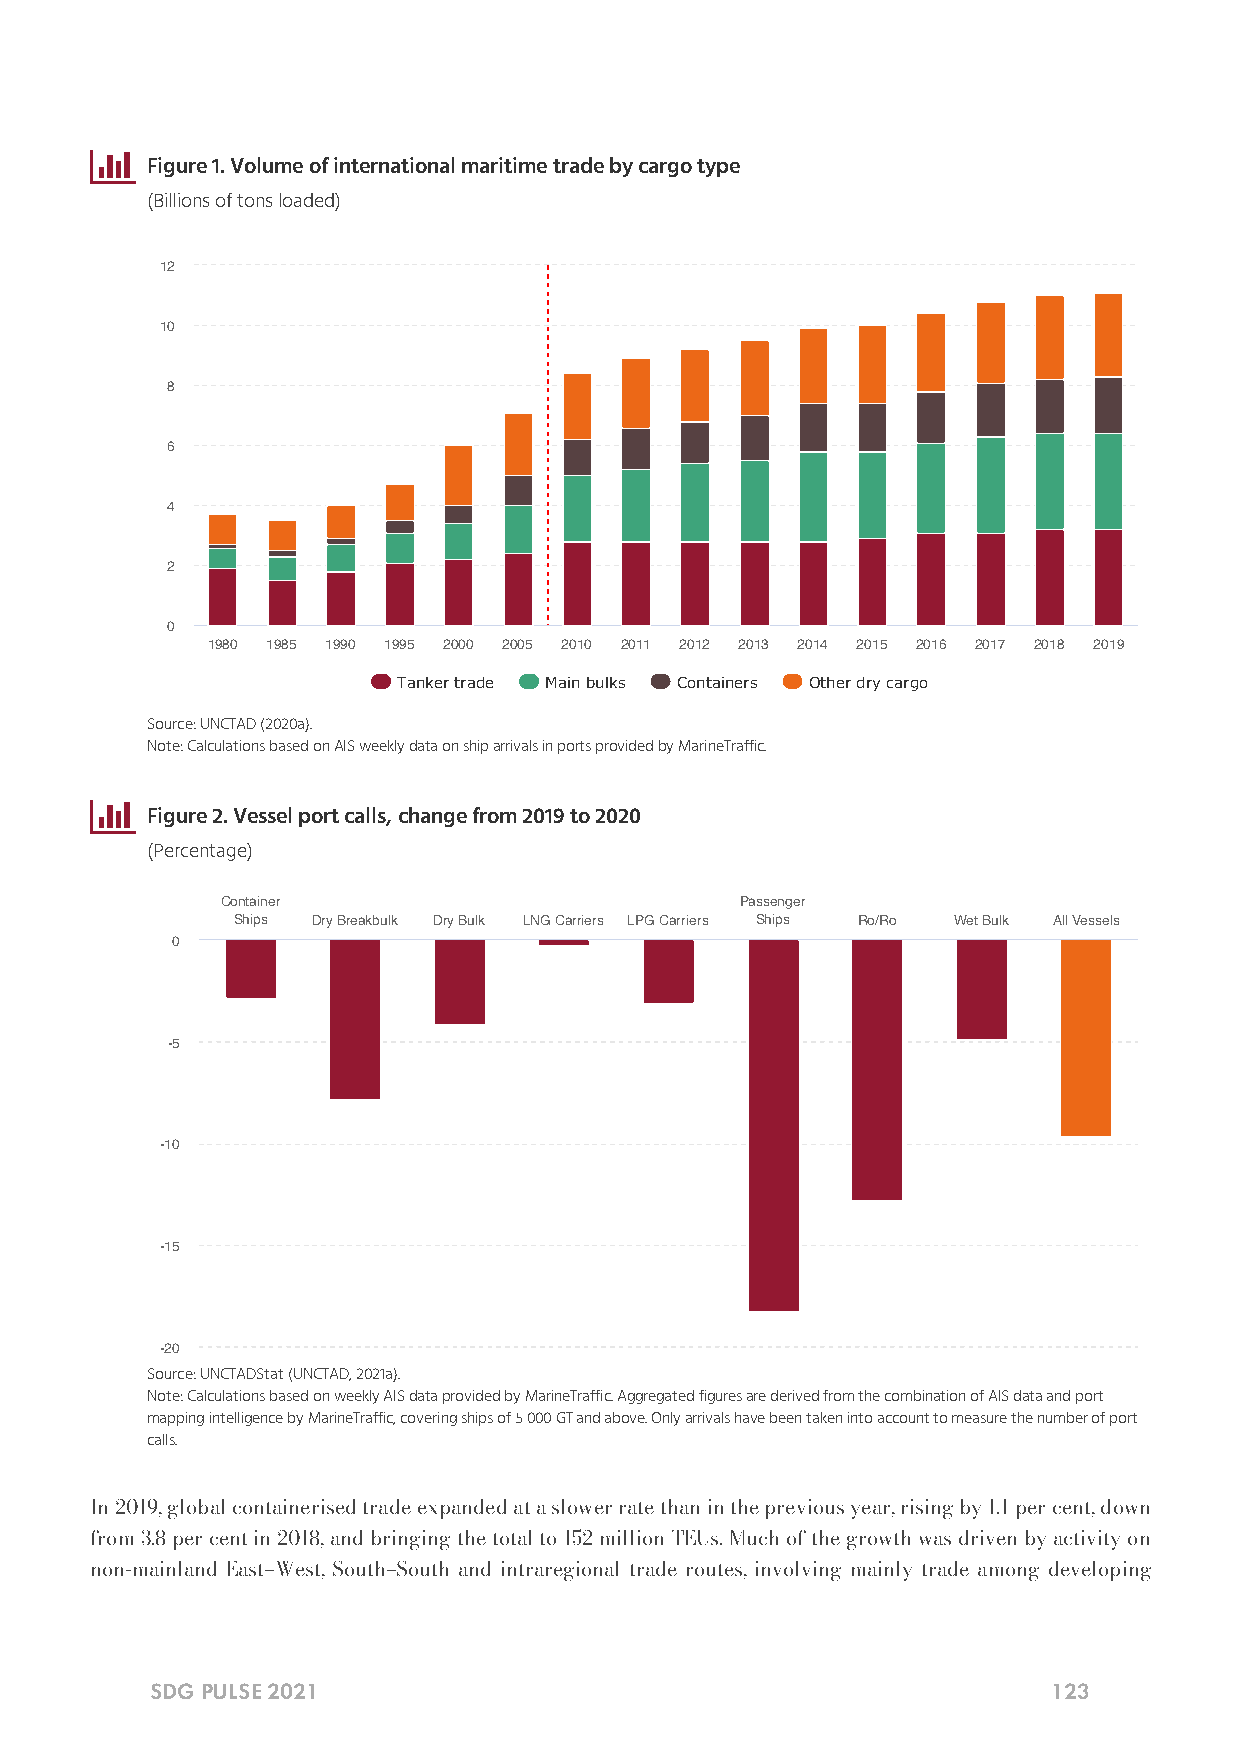

 Figure 1. Volume of international maritime trade by cargo type
 (Billions of tons loaded)
 12
 10
 8
 6
 4
 2
 0
 1980 1985 1990 1995 2000 2005 2010 2011 2012 2013 2014 2015 2016 2017 2018 2019
 Tanker trade Main bulks Containers Other dry cargo
 Source: UNCTAD (2020a).
 Note: Calculations based on AIS weekly data on ship arrivals in ports provided by MarineTraffic.
 
 Figure 2. Vessel port calls, change from 2019 to 2020
 (Percentage)
 Container                         Passenger
 Ships Dry Breakbulk Dry Bulk LNG Carriers LPG Carriers Ships Ro/Ro Wet Bulk All Vessels
 0
 -5
 -10
 -15
 -20
 Source: UNCTADStat (UNCTAD, 2021a).
 Note: Calculations based on weekly AIS data provided by MarineTraffic. Aggregated figures are derived from the combination of AIS data and port
 mapping intelligence by MarineTraffic, covering ships of 5 000 GT and above. Only arrivals have been taken into account to measure the number of port
 calls.
 In 2019, global containerised trade expanded at a slower rate than in the previous year, rising by 1.1 per cent, down
 from 3.8 per cent in 2018, and bringing the total to 152 million TEUs. Much of the growth was driven by activity on
 non-mainland East–West, South–South and intraregional trade routes, involving mainly trade among developing
 SDG PULSE 2021                                              123